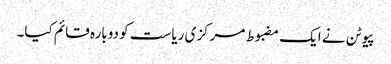
پیوٹن نے ایک مضبوط مرکزی ریاست کو دوبارہ قائم کیا۔